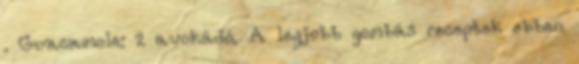
. Guacamole: 2 avokádó. A legjobb gombás receptek ebben